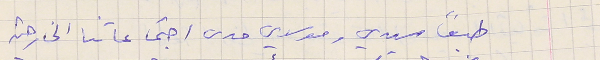
طبعًا سيدي ومولاي مدى اجتماعاتنا الخارحية